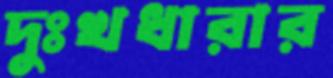
দুঃখধারার